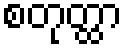
စတုတ္ထာ